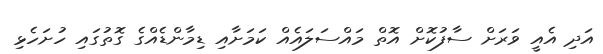
އަދި އެއީ ވަރަށް ސާފުކޮށް އޮތް މައްސަލައެއް ކަމަށާއި ޑިމާންޑެއްގެ ގޮތުގައި ހުށަހެޅި